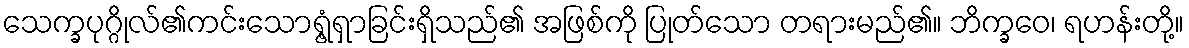
သေက္ခပုဂ္ဂိုလ်၏ကင်းသောရွံ့ရှာခြင်းရှိသည်၏ အဖြစ်ကို ပြုတ်သော တရားမည်၏။ ဘိက္ခဝေ၊ ရဟန်းတို့။